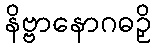
နိဗ္ဗာနောဂဓဉှိ